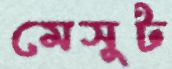
মেসুট